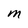
Character: M